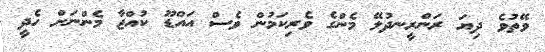
ވޭތުވެ ދިޔަ ރަންރީނދުލޭ މެންގެ ވެރިކަމުން ވެސް އައްޑޫ ކުއްޖާ މެންނަށް ހެދީ